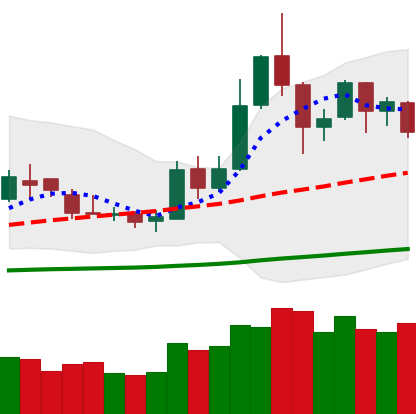
Ticker: DOGE-USD
Chart end date: 2019-05-22
Forward return: 6.873%
Label: up_5_7